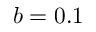
b = 0 . 1